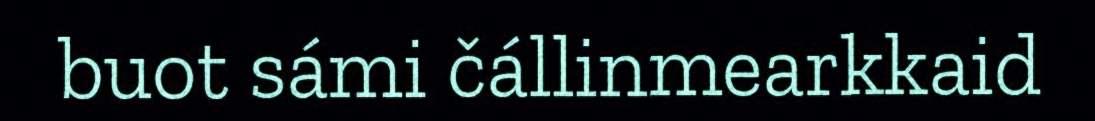
buot sámi čállinmearkkaid